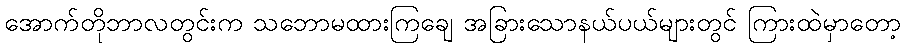
အောက်တိုဘာလတွင်းက သဘောမထားကြချေ အခြားသောနယ်ပယ်များတွင် ကြားထဲမှာတော့